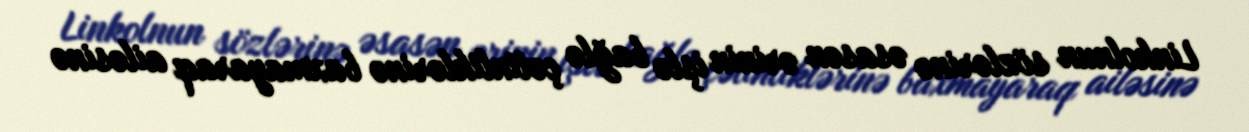
Linkolnun sözlərinə əsasən ərinin işlə bağlə çətinliklərinə baxmayaraq ailəsinə